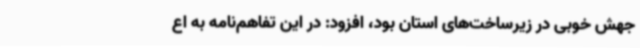
جهش خوبی در زیرساخت‌های استان بود، افزود: در این تفاهم‌نامه به اع